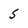
Character: 5